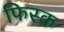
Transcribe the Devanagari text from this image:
फिस्‍क